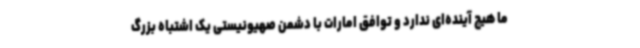
ما هیچ آینده‌ای ندارد و توافق امارات با دشمن صهیونیستی یک اشتباه بزرگ